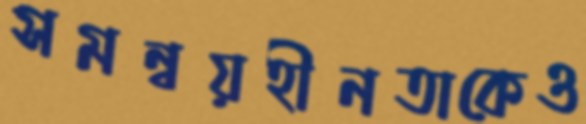
সমন্বয়হীনতাকেও